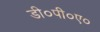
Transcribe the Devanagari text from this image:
डी०पी०ए०